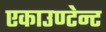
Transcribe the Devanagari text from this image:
एकाउण्टेन्ट